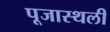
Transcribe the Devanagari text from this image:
पूजास्थली